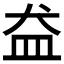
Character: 𱲋